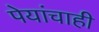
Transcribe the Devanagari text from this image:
पेयांचाही